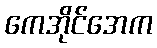
ကေအိုင်အေက